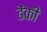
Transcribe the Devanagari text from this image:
ढेंकी